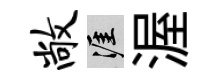
敞涯渥